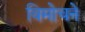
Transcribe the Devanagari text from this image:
विमोचने